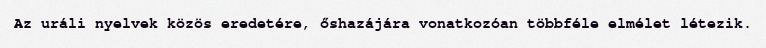
Az uráli nyelvek közös eredetére, őshazájára vonatkozóan többféle elmélet létezik.